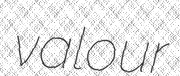
valour